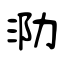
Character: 泐